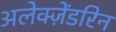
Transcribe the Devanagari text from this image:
अलेक्ज़ेंडरिन